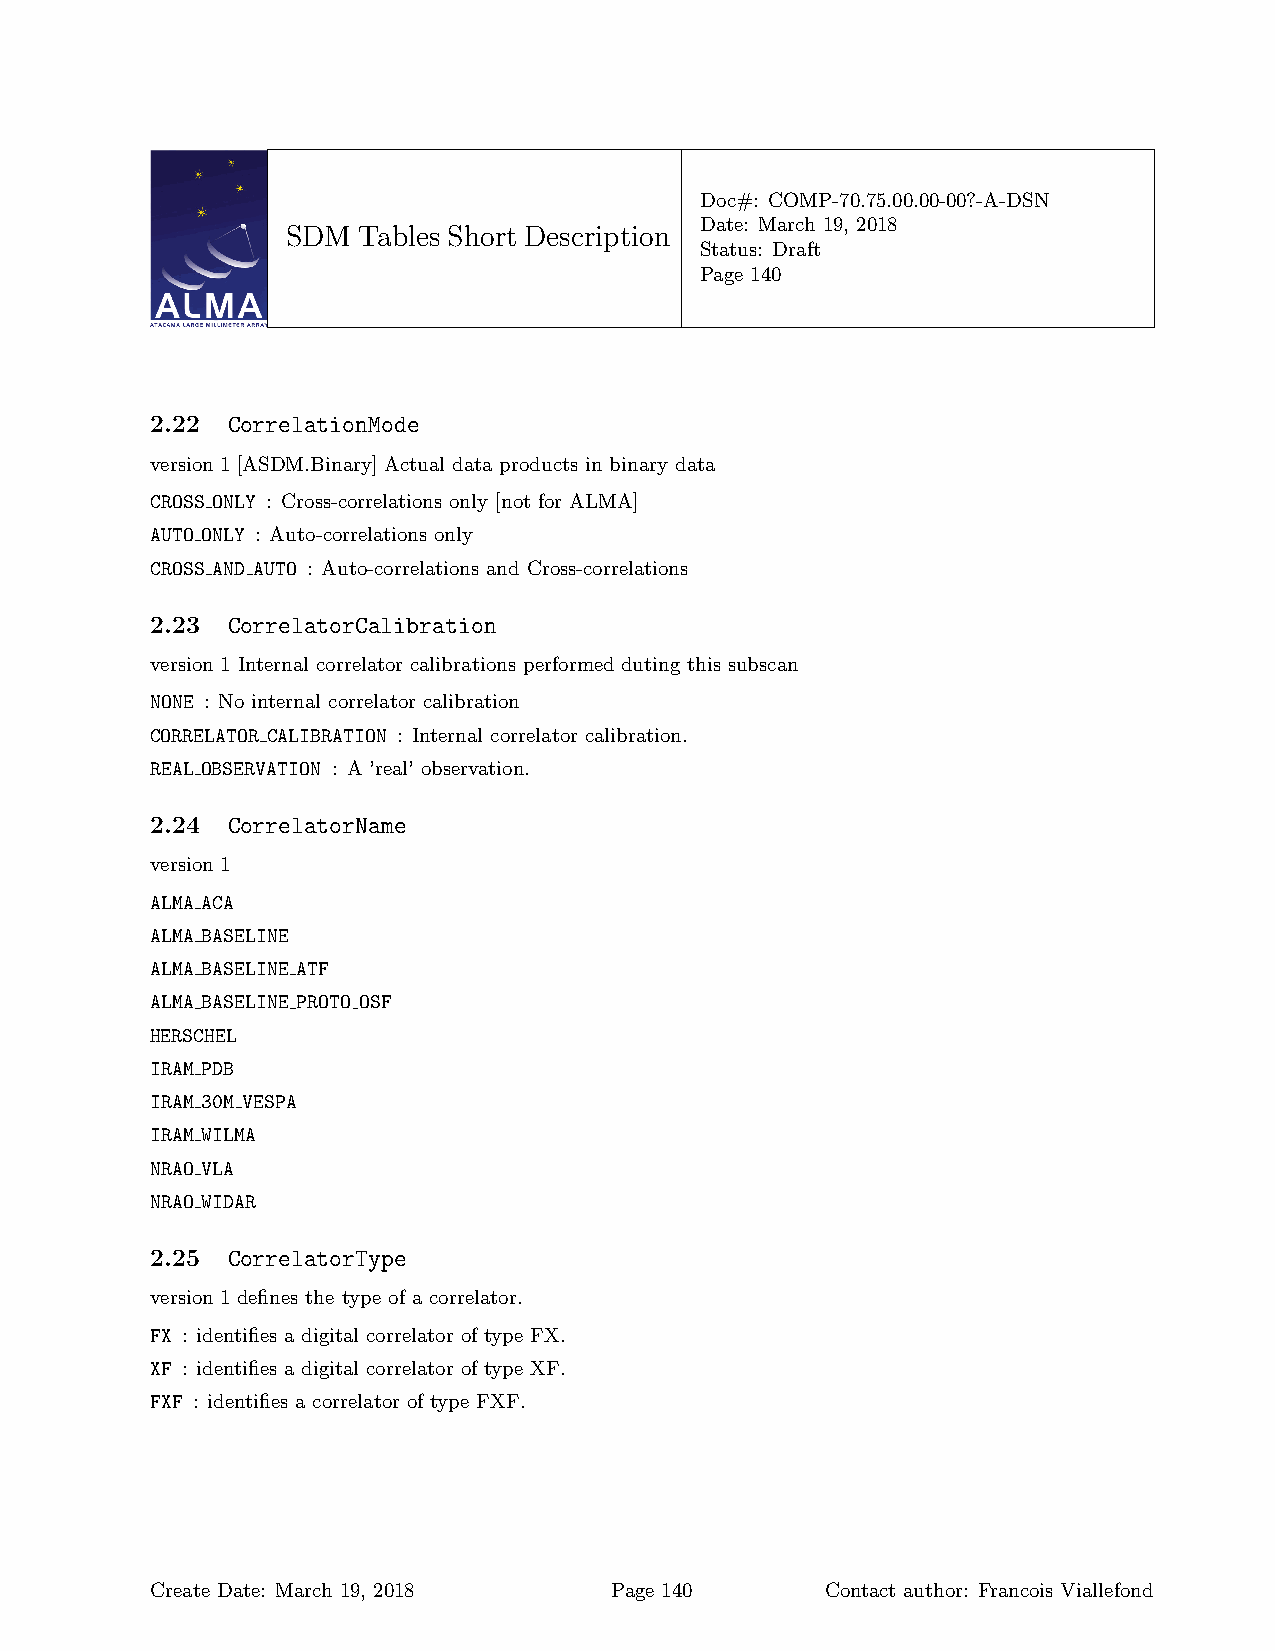
Doc#: COMP-70.75.00.00-00?-A-DSN
 Date: March 19, 2018
 SDM  Tables Short Description
 Status: Draft
 Page 140
 2.22 CorrelationMode
 version 1 [ASDM.Binary] Actual data products in binary data
 CROSS ONLY : Cross-correlations only [not for ALMA]
 AUTO ONLY : Auto-correlations only
 CROSS AND AUTO : Auto-correlations and Cross-correlations
 2.23 CorrelatorCalibration
 version 1 Internal correlator calibrations performed duting this subscan
 NONE : No internal correlator calibration
 CORRELATOR CALIBRATION : Internal correlator calibration.
 REAL OBSERVATION : A ’real’ observation.
 2.24 CorrelatorName
 version 1
 ALMA ACA
 ALMA BASELINE
 ALMA BASELINE ATF
 ALMA BASELINE PROTO OSF
 HERSCHEL
 IRAM PDB
 IRAM 30M VESPA
 IRAM WILMA
 NRAO VLA
 NRAO WIDAR
 2.25 CorrelatorType
 version 1 defines the type of a correlator.
 FX : identifies a digital correlator of type FX.
 XF : identifies a digital correlator of type XF.
 FXF : identifies a correlator of type FXF.
 Create Date: March 19, 2018   Page 140       Contact author: Francois Viallefond